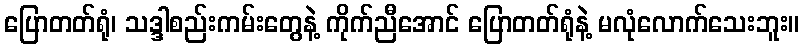
ပြောတတ်ရုံ၊ သဒ္ဒါစည်းကမ်းတွေနဲ့ ကိုက်ညီအောင် ပြောတတ်ရုံနဲ့ မလုံလောက်သေးဘူး။